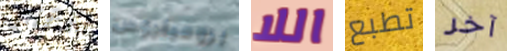
شقتى بروميثيوس اللا تطبع آخر